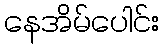
နေအိမ်ပေါင်း